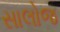
સાલોજ